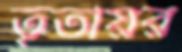
তৃতীয়র